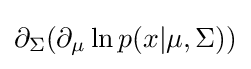
\partial _{\Sigma }(\partial _{\mu }\ln p(x|\mu ,\Sigma ))